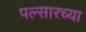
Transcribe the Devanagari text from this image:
पल्सारच्या